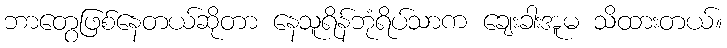
ဘာတွေဖြစ်နေတယ်ဆိုတာ နေသူရိန်ဘုံရိပ်သာက ချေးခါးအူမ သိထားတယ်။